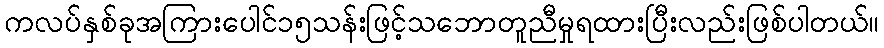
ကလပ်နှစ်ခုအကြားပေါင်၁၅သန်းဖြင့်သဘောတူညီမှုရထားပြီးလည်းဖြစ်ပါတယ်။